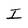
Character: I